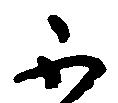
不